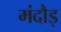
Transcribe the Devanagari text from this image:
मंदौड़